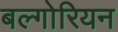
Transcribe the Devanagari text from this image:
बल्गोरियन